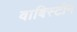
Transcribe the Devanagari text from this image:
वाबिस्टीन